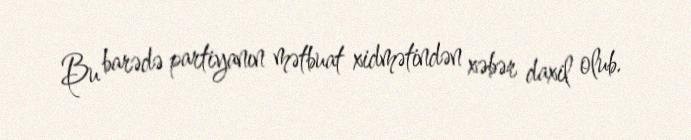
Bu barədə partiyanın mətbuat xidmətindən xəbər daxil olub.